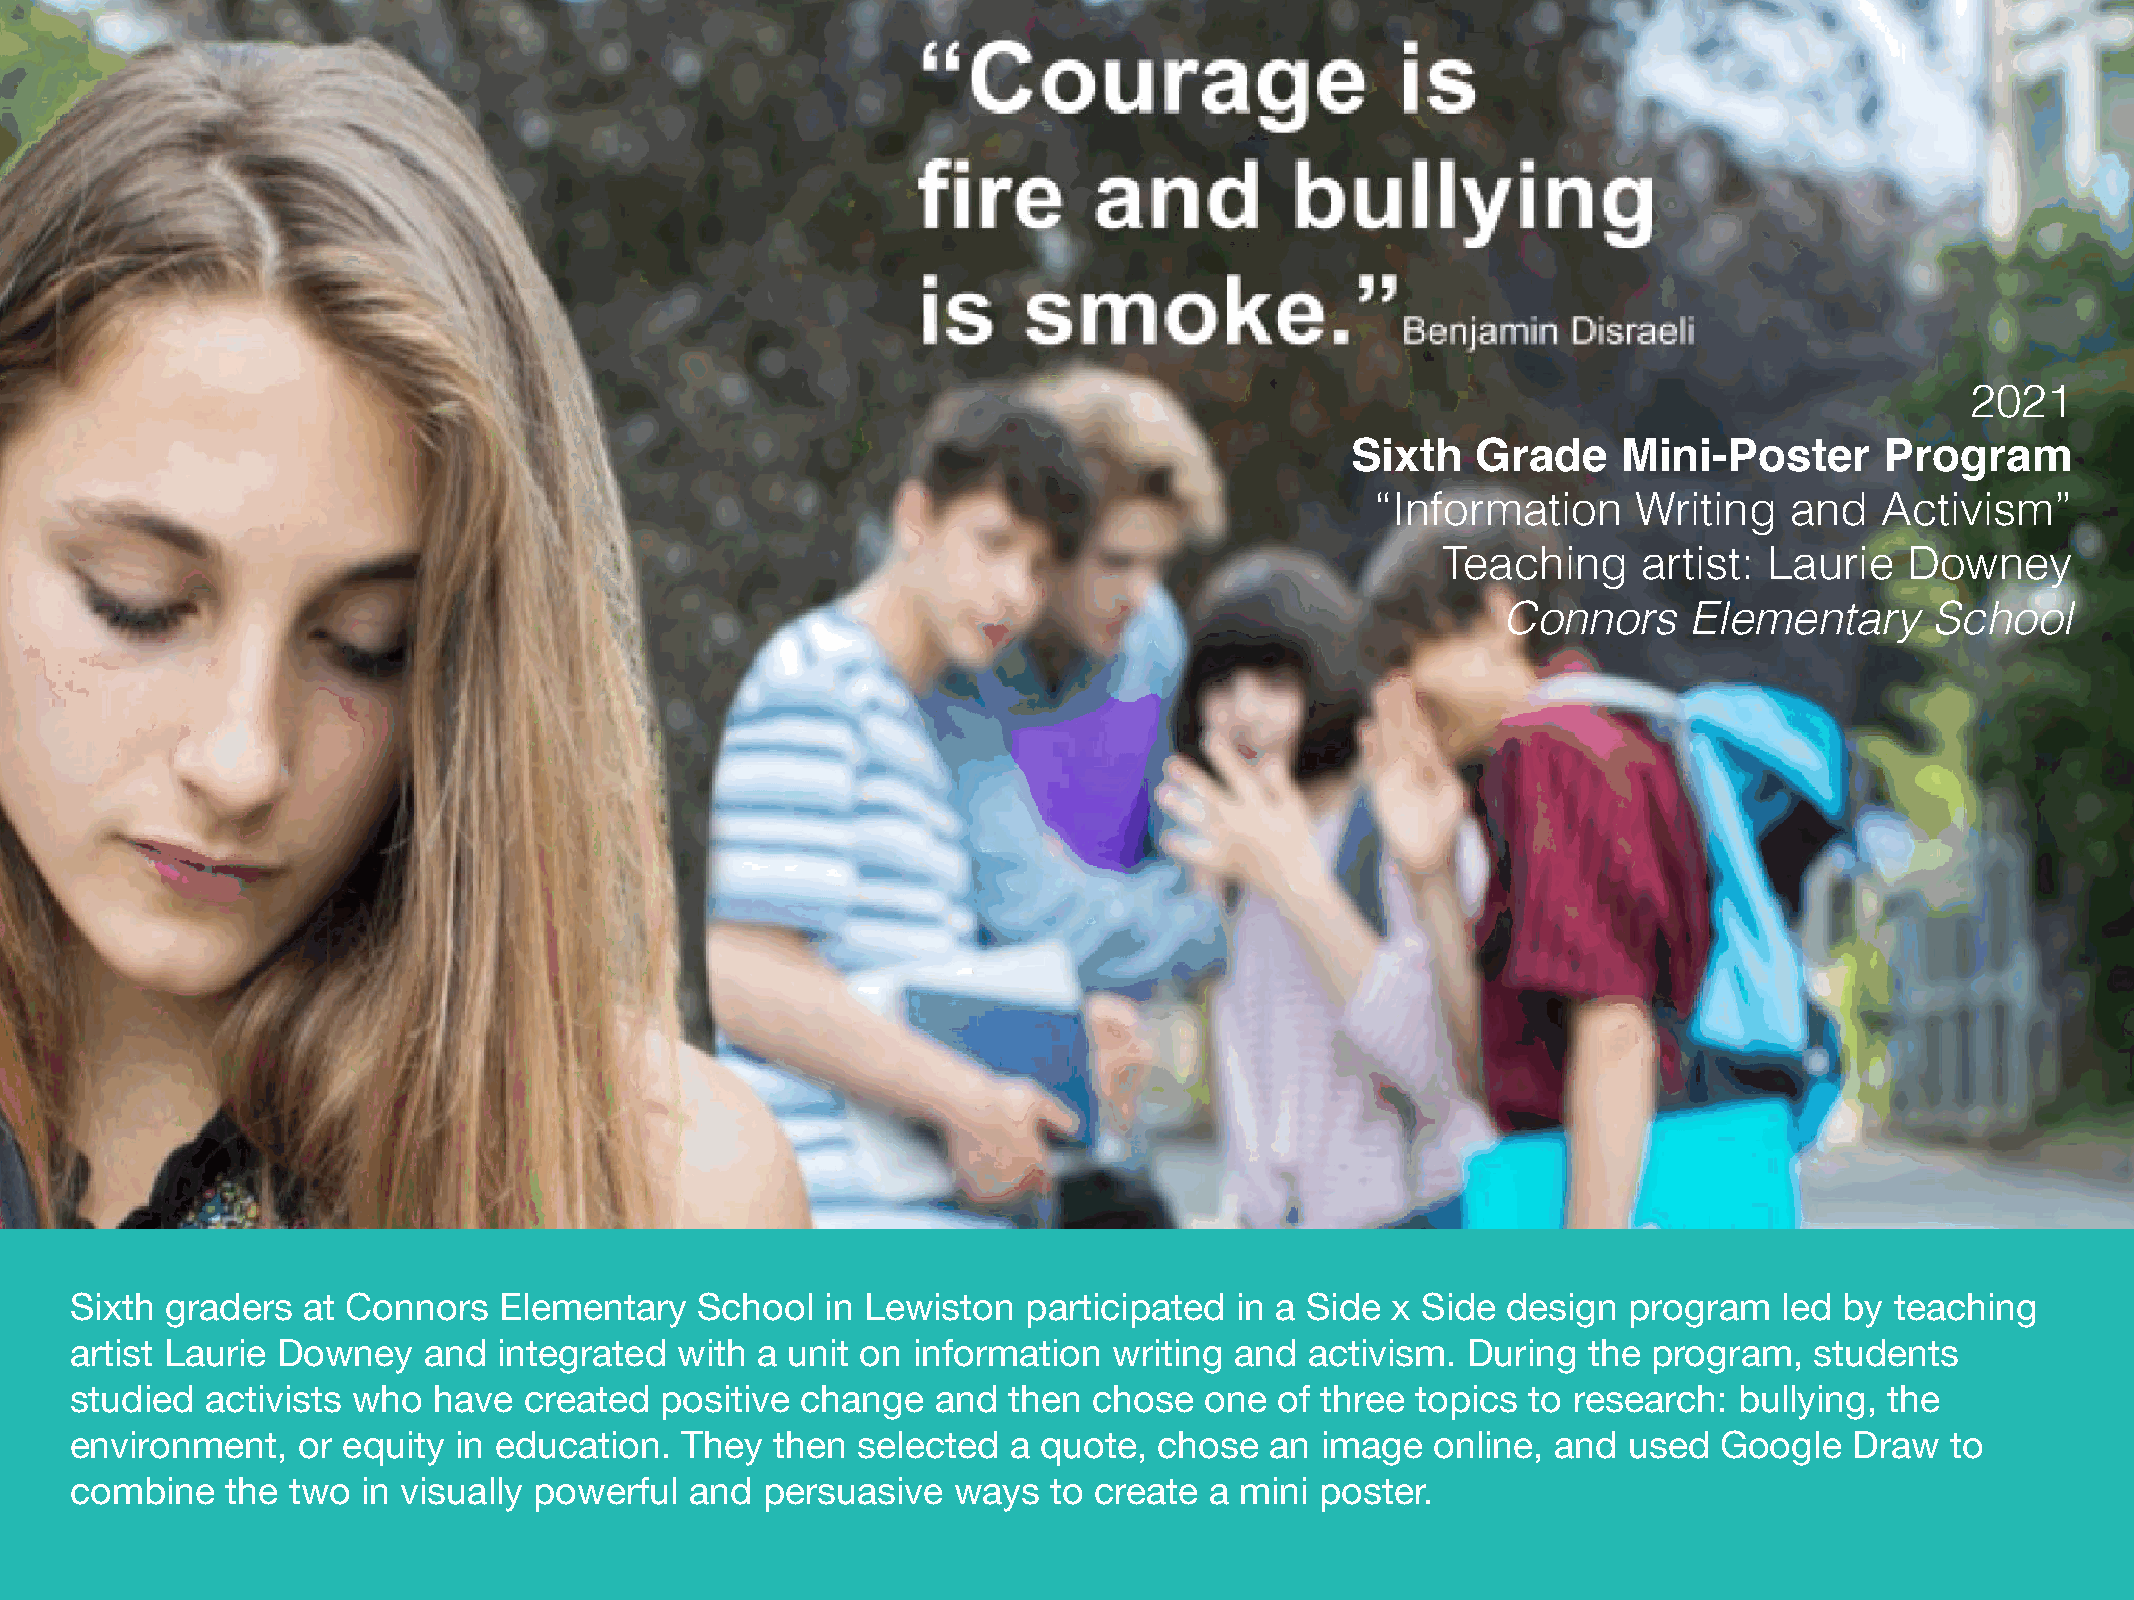
2021
 Sixth    Grade    Mini-Poster       Program
 “Information     Writing   and    Activism”
 Teaching      artist: Laurie   Downey
 Connors     Elementary      School
 Sixth graders  at Connors   Elementary   School   in Lewiston  participated  in a Side x Side  design  program   led by teaching
 artist Laurie Downey   and  integrated  with a unit on information   writing and  activism. During  the program,   students
 studied  activists who  have  created  positive change   and  then chose   one  of three topics to research:  bullying, the
 environment,   or equity in education.  They  then  selected  a quote,  chose  an image   online, and  used  Google   Draw  to
 combine   the two  in visually powerful  and persuasive   ways   to create a mini poster.